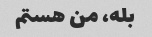
بله، من هستم